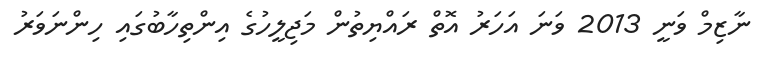
ނާޒިމް ވަނީ 2013 ވަނަ އަހަރު އޮތް ރައްޔިތުން މަޖިލީހުގެ އިންތިހާބުގައި ހިންނަވަރު